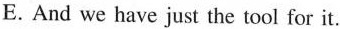
E.And we have just the tool for it.